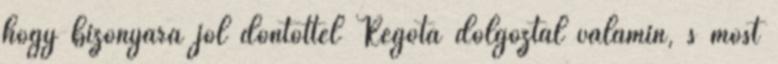
hogy bizonyára jól döntöttél Régóta dolgoztál valamin, s most